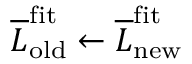
\overline { { L } } _ { \mathrm { o l d } } ^ { \mathrm { f i t } } \leftarrow \overline { { L } } _ { \mathrm { n e w } } ^ { \mathrm { f i t } }